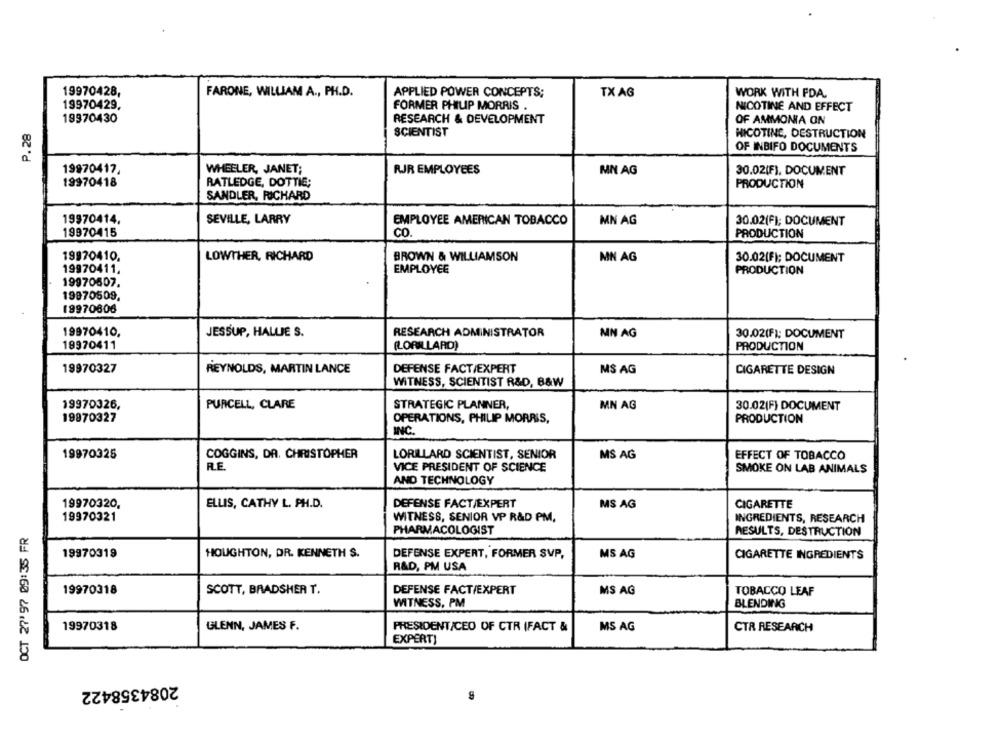
19970428,
FARONE, WILLIAM A ., PH.D.
APPLIED POWER CONCEPTS;
TX AG
WORK WITH FDA.
19970429,
FORMER PHILIP MORRIS .
NICOTINE AND EFFECT
P.28
19970430
RESEARCH & DEVELOPMENT
OF AMMONIA ON
SCIENTIST
HICOTING, DESTRUCTION
OF INBIFO DOCUMENTS
19970417,
WHEELER, JANET;
MN AG
30.02(F), DOCUMENT
RJR EMPLOYEES
19970418
RATLEDGE, DOTTIE;
PRODUCTION
SANDLER, RICHARD
19970414.
SEVILLE, LARRY
EMPLOYEE AMERICAN TOBACCO
MN AG
30.02(F); DOCUMENT
19970415
CO.
PRODUCTION
19970410.
LOWTHER, RICHARD
BROWN & WILLIAMSON
MN AG
30.02(F); DOCUMENT
19970411,
EMPLOYEE
PRODUCTION
19970507.
19970509,
19970606
19970410,
JESSUP, HALLE S.
RESEARCH ADMINISTRATOR
MN AG
30.02(F); DOCUMENT
19970411
(LORILLARD)
PRODUCTION
19970327
REYNOLDS, MARTIN LANCE
DEFENSE FACT/EXPERT
MS AG
CIGARETTE DESIGN
WITNESS, SCIENTIST R&D, B&W
19970326,
PURCELL, CLARE
STRATEGIC PLANNER,
MN AG
30.02(F) DOCUMENT
19970327
OPERATIONS, PHILIP MORRIS,
PRODUCTION
INC.
19970325
COGGINS, DA. CHRISTOPHER
LORILLARD SCIENTIST, SENIOR
MS AG
EFFECT OF TOBACCO
RE
VICE PRESIDENT OF SCIENCE
SMOKE ON LAB ANIMALS
AND TECHNOLOGY
19970320,
ELLIS, CATHY L. PH.D.
DEFENSE FACT/EXPERT
MS AG
CIGARETTE
19970321
WITNESS, SENIOR VP R&D PM,
INGREDIENTS, RESEARCH
OCT 27' 97 09:35 FR
PHARMACOLOGIST
RESULTS, DESTRUCTION
19970319
HOUGHTON, DR. KENNETH S.
DEFENSE EXPERT, FORMER SVP,
MS AG
CIGARETTE INGREDIENTS
R&D, PM USA
19970318
SCOTT, BRADSHER T.
DEFENSE FACT/EXPERT
MS AG
TOBACCO LEAF
WITNESS, PM
BLENDING
19970318
GLENN, JAMES F.
PRESIDENT/CEO OF CTR IFACT &
MS AG
CTR RESEARCH
EXPERT}
2084358422